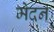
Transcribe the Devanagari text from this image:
मेदन